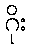
ဂိုး